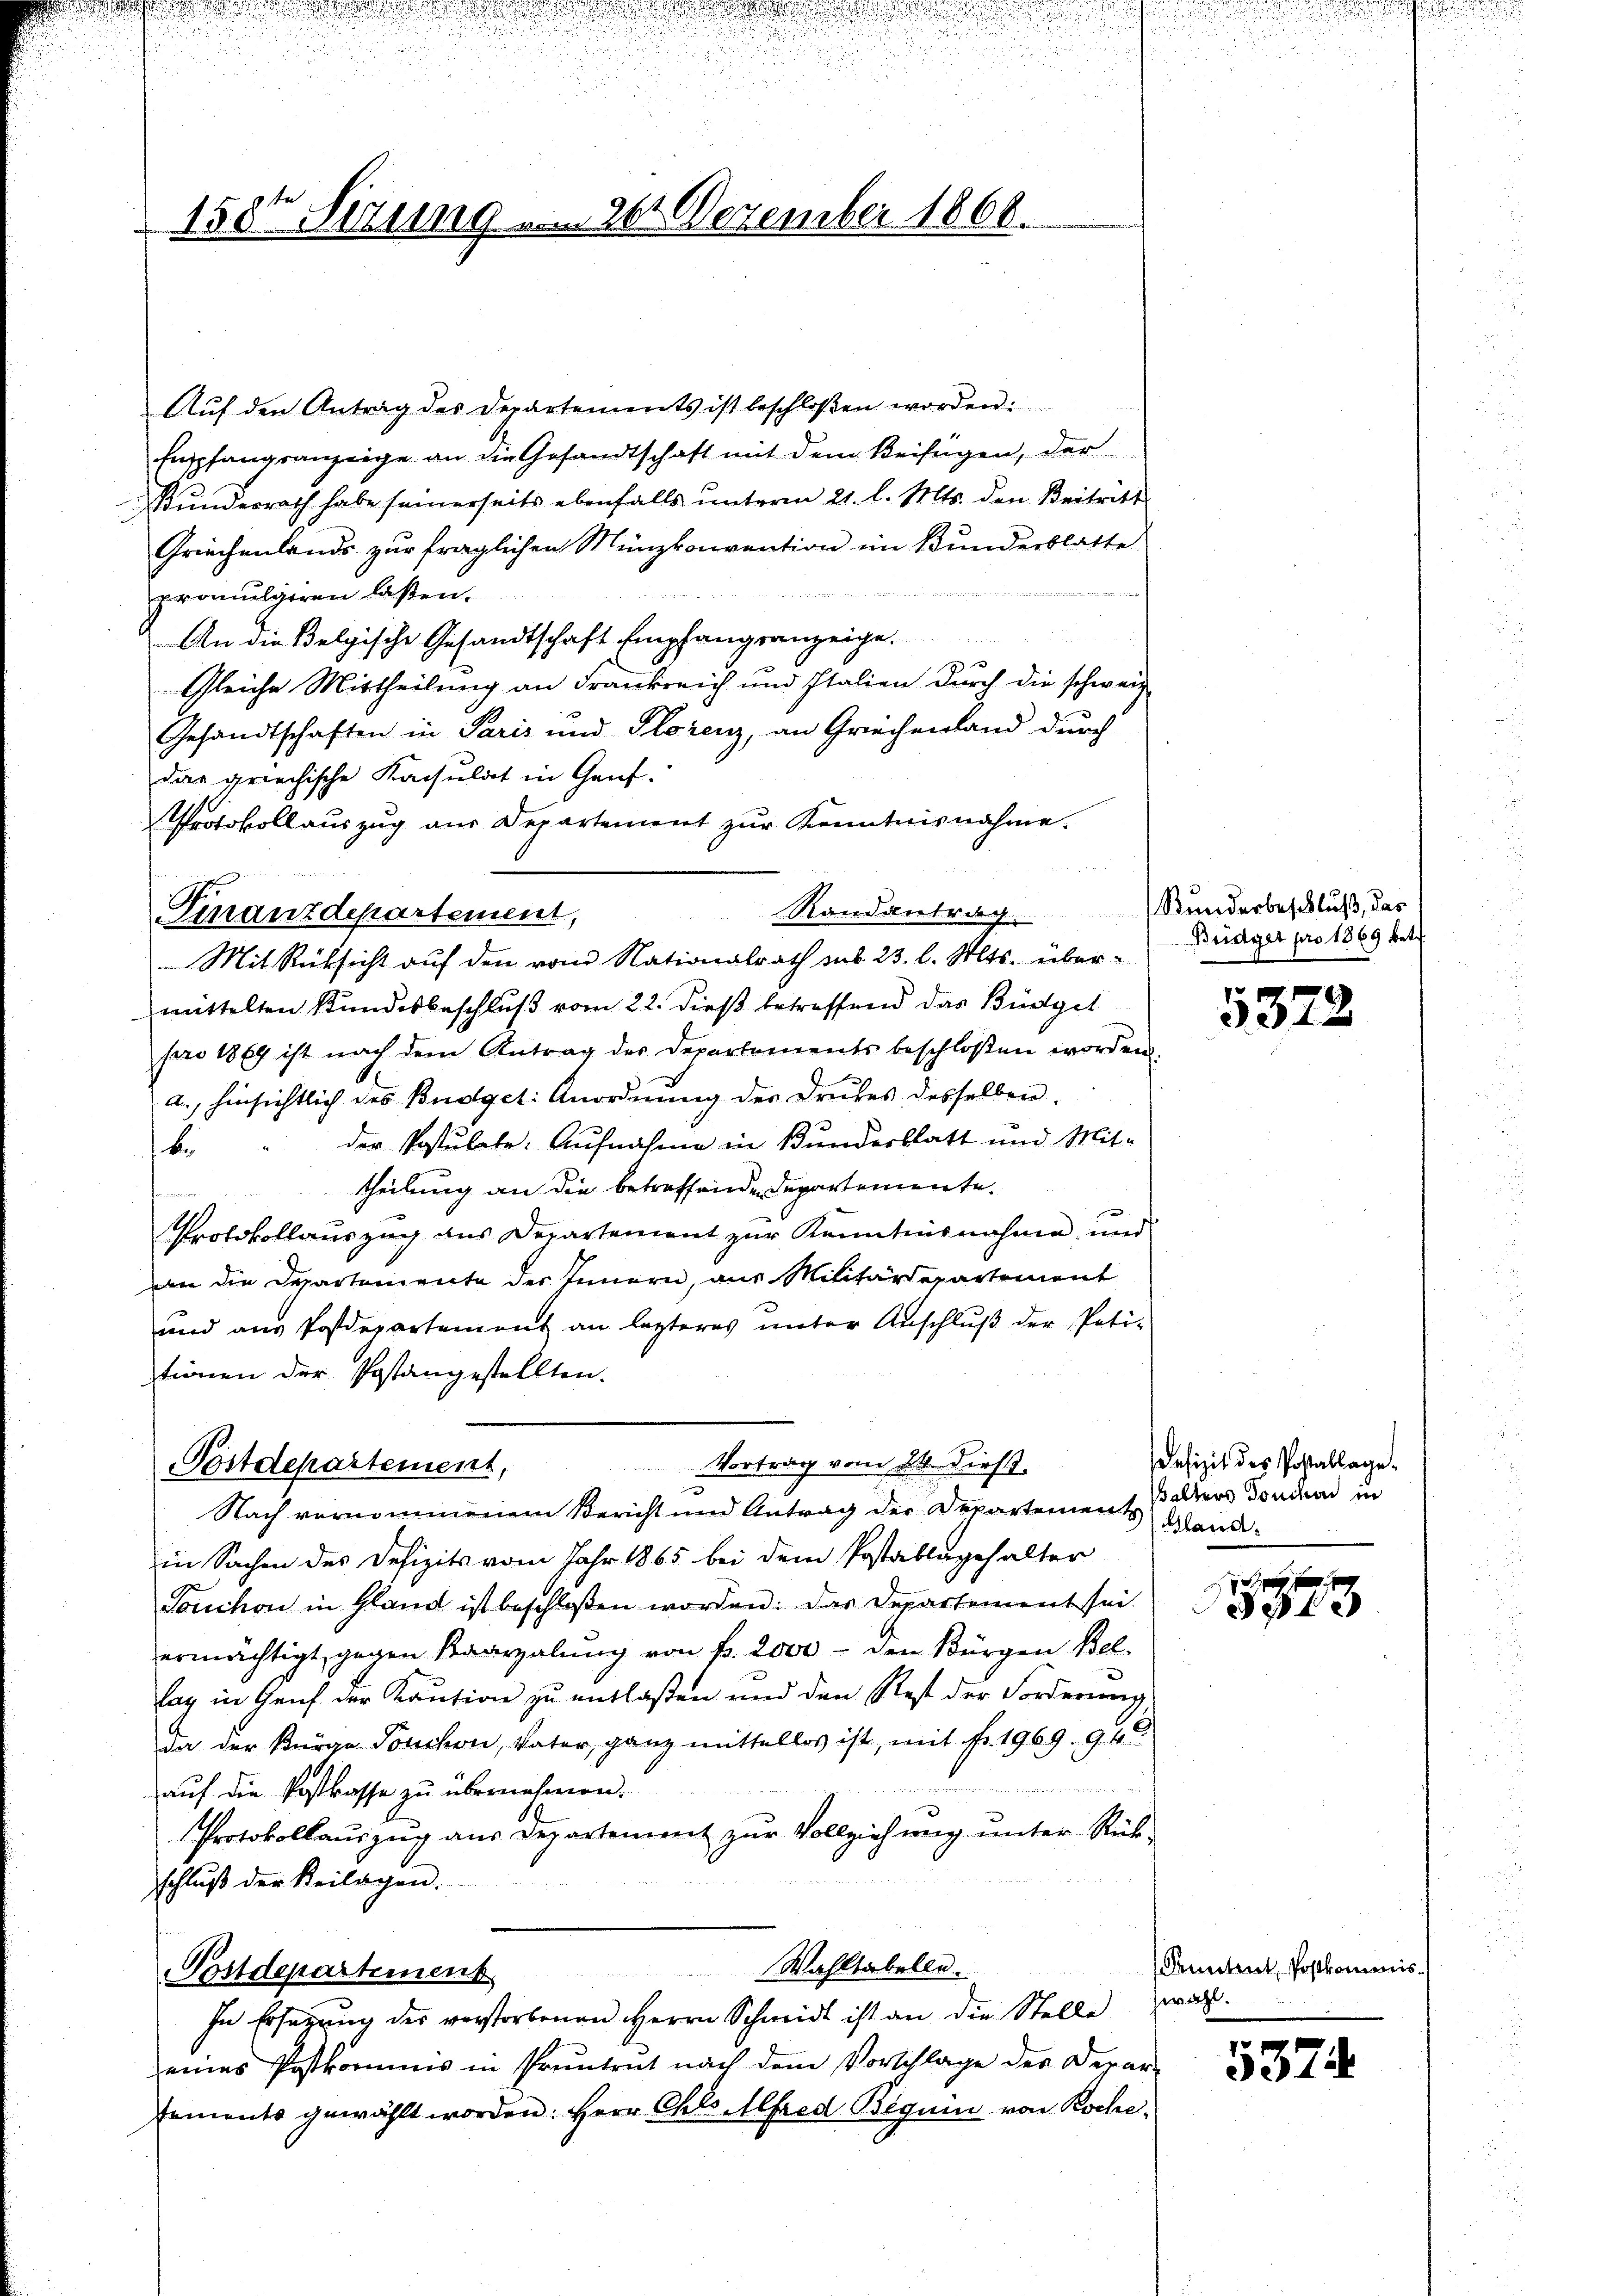
150r Sitzung vom 20. Dezember 1866.

Aŭf den Antrag des Departements ist beschloßen worden.
Empfangsanzeige an die Gesandtschaft mit dem Beifügen, der
Kundesrath habe seinerseits ebenfalls ŭnterm 21. l. Mts. den Beitritt
Griechenlands zur fraglichen Münzkonvention im Bunderblatte
promulieren laßen.
An die Belgische Gesandtschaft Empfangsanzeige.
Gleiche Mittheilung an Frankreich und Italien durch die schwerz
Gesandtschaften in Paris und Florenz, an Griechenland durch
dar griechische Kapsulat in Genf.
Protokoll auszug aus Departement zŭr Kenntnisnahme.
n
Randantrag Bunderbeschluß, das
Finanzdepartement,
Mit Rücksicht auf den vom Nationalrath sub. 23. l. Mts. übermittelten Stundesbeschluß vom 22. dieß betreffend das Büdget
pro 1869 ist nach dem Antrag des Departements beschlossen worden.
a. hinsichtlich des Budget: Anordnung der Drubes desselben.
der Postulate. Aufnahme in Bunderblatt und Mitb
theilung an die betreffende Departemente.
fonmminen
Protokollauszug aus Departement zur Kenntnisnahme und
an die Departemente des Innern, aus Militärdepartement
und aŭs Postdepartement an letzteres ŭnter Anschlŭβ der Poti-
tionen der Postangestellten.
Vortrag vom 24. Diest.
Postdepartement,
Nach vernommenem Bericht und Antrag der Departement Ballers Sondern in
in Sachen des Defizits vom Jahr 1865 bei dem Postablagehalter
Louchon in Gland ist beschloßen worden. Das Departement sei.
ermächtigt, gegen Kraarzalŭng von fr. 2000 - den Bürgen Bel
lag in Genf der Kaution zu entlaßen und den Rest der Forderung,
da der Bürge Touchon, Vater, ganz mittellos ist, mit fr. 1969. 94
auf die Postkasse zu übernehmen.
Protokollauszug aus Departement zur Vollziehung unter Rück-
schlŭβ der Beilagen.
Wahltabelle.
Postdepartement
In Ersezung der verstorbenen Herrn Schneid ist an die Stelle waheines Postkommnis in Pruntrut nach dem Vorschlage der Depar-
sements gewählt worden: Herr Chls. Alfred Beguin von Koche¬

Bridget pro 1869 betr.

5372

Defizit des Postallage¬
Bland.

30

Anntent, Postkommis

5374